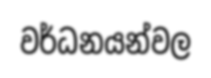
වර්ධනයන්වල